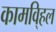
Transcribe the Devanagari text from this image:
कामवि्हल